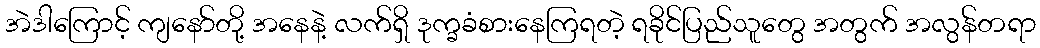
အဲဒါကြောင့် ကျနော်တို့ အနေနဲ့ လက်ရှိ ဒုက္ခခံစားနေကြရတဲ့ ရခိုင်ပြည်သူတွေ အတွက် အလွန်တရာ